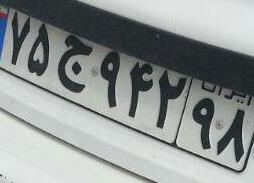
۷۵ج۹۴۲۹۸